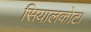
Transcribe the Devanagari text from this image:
सियालकोट।